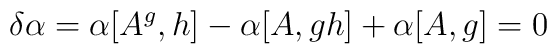
\delta \alpha = \alpha[A^g,h] - \alpha[A,g h] + \alpha[A,g] = 0